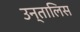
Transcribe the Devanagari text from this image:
उन्तालिस